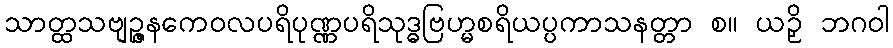
သာတ္ထသဗျဉ္ဇနကေဝလပရိပုဏ္ဏပရိသုဒ္ဓဗြဟ္မစရိယပ္ပကာသနတ္တာ စ။ ယဉှိ ဘဂဝါ